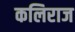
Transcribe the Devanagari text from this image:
कलिराज